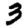
Digit: 3